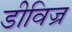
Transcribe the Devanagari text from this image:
डीविज्र